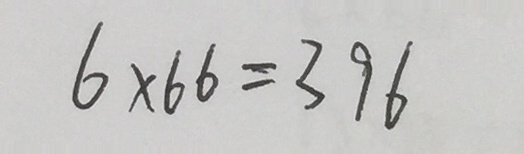
6 \times 6 6 = 3 9 6